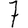
Digit: 7